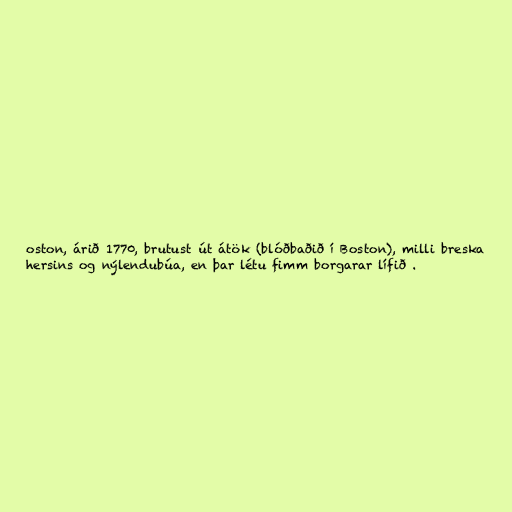
oston, árið 1770, brutust út átök (blóðbaðið í Boston), milli breska
hersins og nýlendubúa, en þar létu fimm borgarar lífið .